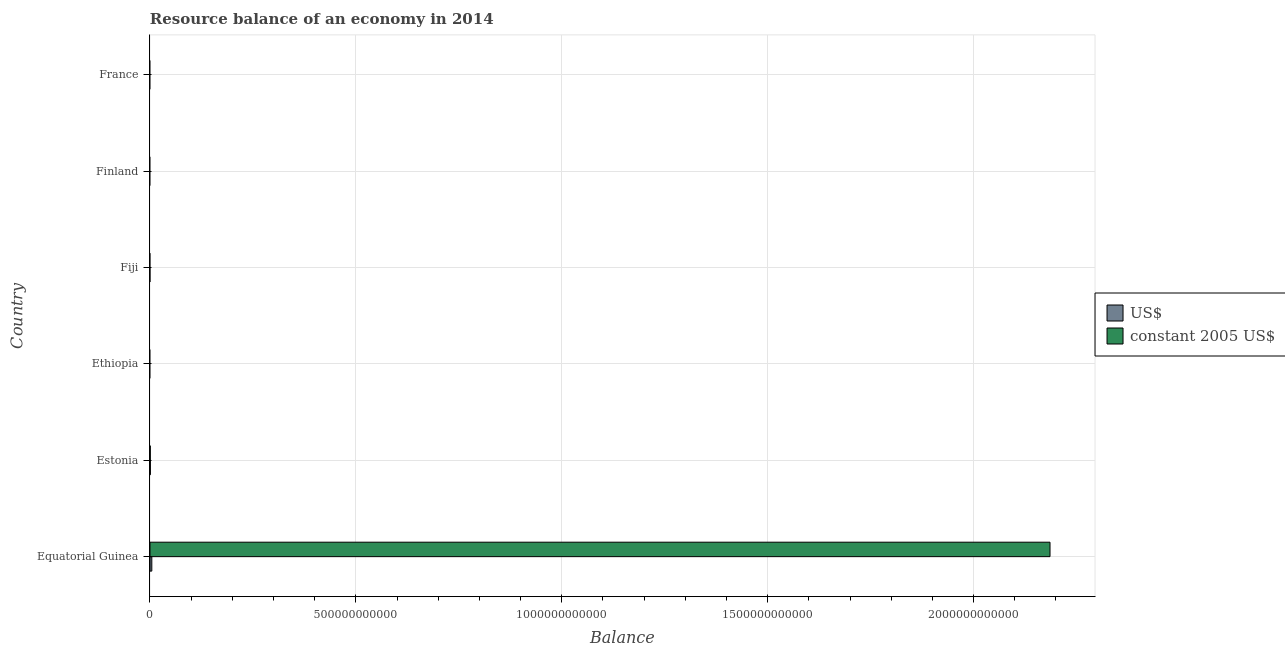
| Country | US$ | constant 2005 US$ |
 | --- | --- | --- |
 | Equatorial Guinea | 4.42e+09 | 2.19e+12 |
 | Estonia | 9.04e+08 | 6.81e+08 |
 | Ethiopia | -9.71e+09 | -1.85e+11 |
 | Fiji | -3.6e+08 | -6.8e+08 |
 | Finland | -2.1e+09 | -1.58e+09 |
 | France | -5.21e+10 | -3.92e+10 |